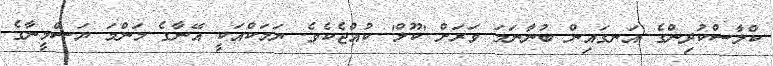
ކްލާސްކުދިންގެ އަނގައިން ބުނާނަމަ ވަރަށް 'ކޫލް' ކުއްޖެކެވެ. ޔަމަކްއަކީ އޭނާގެ މަންމަ ޔަސްމީނާގެ